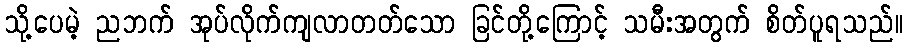
သို့ပေမဲ့ ညဘက် အုပ်လိုက်ကျလာတတ်သော ခြင်တို့ကြောင့် သမီးအတွက် စိတ်ပူရသည်။